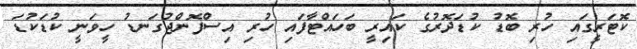
ކޮޓަރީގައި ހުރި ބޮޑު ކުޑަދޮރުގެ ކައިރީ ބަހައްޓާފައި ހުރި އިސްފޮންޖުގަނޑު ހީވަނީ ކުޑަކުޑަ